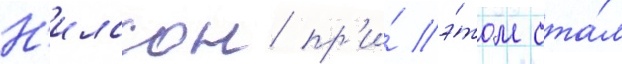
Н'илссон пр'и́ э́том ста́л